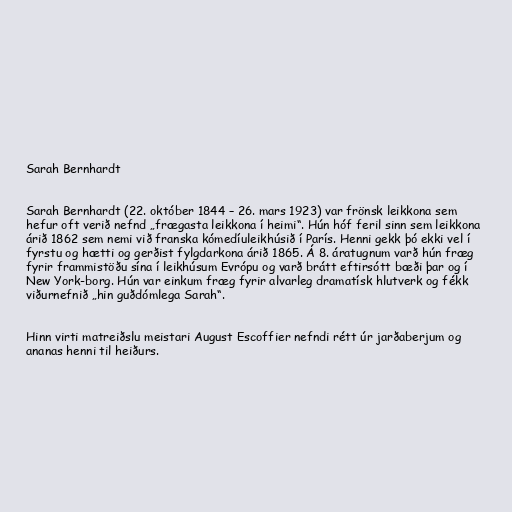
Sarah Bernhardt

Sarah Bernhardt (22. október 1844 – 26. mars 1923) var frönsk leikkona sem
hefur oft verið nefnd „frægasta leikkona í heimi“. Hún hóf feril sinn sem leikkona
árið 1862 sem nemi við franska kómedíuleikhúsið í París. Henni gekk þó ekki vel í
fyrstu og hætti og gerðist fylgdarkona árið 1865. Á 8. áratugnum varð hún fræg
fyrir frammistöðu sína í leikhúsum Evrópu og varð brátt eftirsótt bæði þar og í
New York-borg. Hún var einkum fræg fyrir alvarleg dramatísk hlutverk og fékk
viðurnefnið „hin guðdómlega Sarah“.

Hinn virti matreiðslu meistari August Escoffier nefndi rétt úr jarðaberjum og
ananas henni til heiðurs.